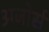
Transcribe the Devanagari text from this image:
अज़ोर्स